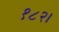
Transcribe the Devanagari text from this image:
१८२।